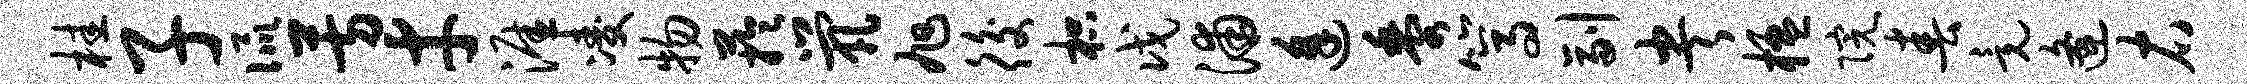
桂子侃芳才涯凌物芋茕旭後枳戊浦逢黍篙副央楹院春竟逄右